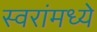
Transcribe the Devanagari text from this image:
स्वरांमध्ये